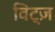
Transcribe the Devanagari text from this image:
विट्ज़